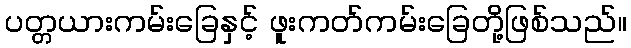
ပတ္တယားကမ်းခြေနှင့် ဖူးကတ်ကမ်းခြေတို့ဖြစ်သည်။